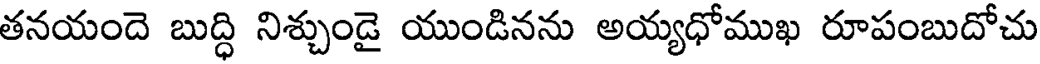
తనయందె బుద్ధి నిశ్చుండై యుండినను అయ్యధోముఖ రూపంబుదోచు